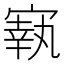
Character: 㝪